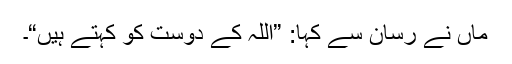
ماں نے رسان سے کہا: ”اللہ کے دوست کو کہتے ہیں“۔